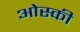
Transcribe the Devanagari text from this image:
ओस्की